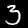
Digit: 3